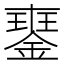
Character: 䥅